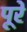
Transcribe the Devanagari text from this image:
पूरे